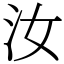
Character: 汝